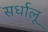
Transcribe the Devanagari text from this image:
सर्धालू